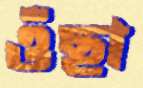
ওঁছা